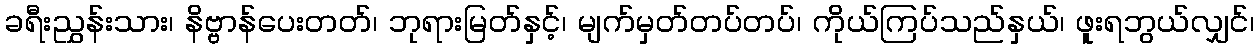
ခရီးညွှန်းသား၊ နိဗ္ဗာန်ပေးတတ်၊ ဘုရားမြတ်နှင့်၊ မျက်မှတ်တပ်တပ်၊ ကိုယ်ကြပ်သည်နှယ်၊ ဖူးရဘွယ်လျှင်၊